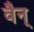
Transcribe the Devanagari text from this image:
वैन्